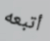
أتبعه